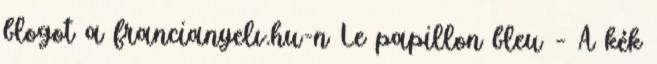
blogot a francianyelv.hu-n Le papillon bleu – A kék